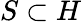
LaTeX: S\subset H